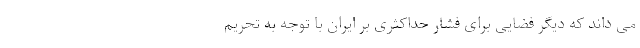
می داند که دیگر فضایی برای فشار حداکثری بر ایران با توجه به تحریم